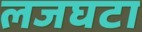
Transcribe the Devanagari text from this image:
लजघटा